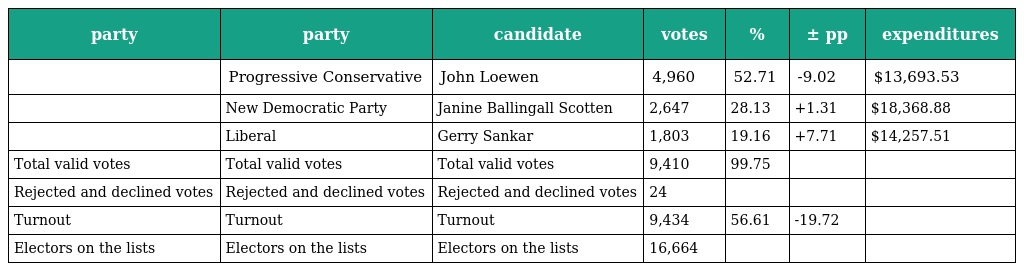
| party | party | candidate | votes | % | ± pp | expenditures |
 | --- | --- | --- | --- | --- | --- | --- |
 |  | Progressive Conservative | John Loewen | 4,960 | 52.71 | -9.02 | $13,693.53 |
 |  | New Democratic Party | Janine Ballingall Scotten | 2,647 | 28.13 | +1.31 | $18,368.88 |
 |  | Liberal | Gerry Sankar | 1,803 | 19.16 | +7.71 | $14,257.51 |
 | Total valid votes | Total valid votes | Total valid votes | 9,410 | 99.75 |  |  |
 | Rejected and declined votes | Rejected and declined votes | Rejected and declined votes | 24 |  |  |  |
 | Turnout | Turnout | Turnout | 9,434 | 56.61 | -19.72 |  |
 | Electors on the lists | Electors on the lists | Electors on the lists | 16,664 |  |  |  |